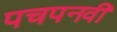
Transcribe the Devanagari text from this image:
पचपनवीं